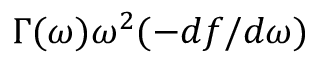
\Gamma ( \omega ) \omega ^ { 2 } ( - d f / d \omega )